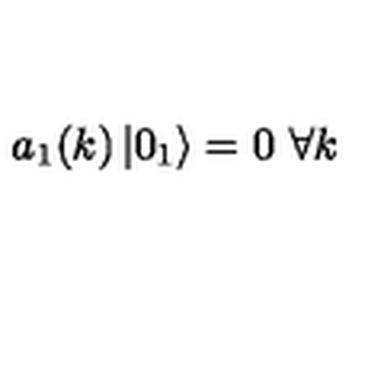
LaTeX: a _ { 1 } ( k ) \left| 0 _ { 1 } \right> = 0 \ \forall k